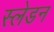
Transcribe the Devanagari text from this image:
स्लेडन